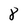
Character: 8